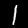
Label: 1